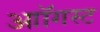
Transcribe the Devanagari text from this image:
आॉगस्ट